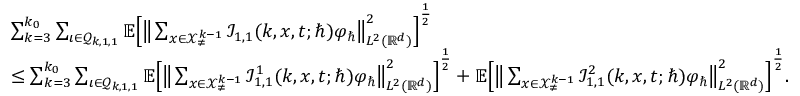
\begin{array} { r l } & { \sum _ { k = 3 } ^ { k _ { 0 } } \sum _ { \iota \in \mathcal { Q } _ { k , 1 , 1 } } \mathbb { E } \Big [ \big \lVert \sum _ { \boldsymbol { x } \in \mathcal { X } _ { \neq } ^ { k - 1 } } \mathcal { I } _ { 1 , 1 } ( k , \boldsymbol { x } , t ; \hbar ) \varphi _ { \hbar } \big \rVert _ { L ^ { 2 } ( \mathbb { R } ^ { d } ) } ^ { 2 } \Big ] ^ { \frac { 1 } { 2 } } } \\ & { \leq \sum _ { k = 3 } ^ { k _ { 0 } } \sum _ { \iota \in \mathcal { Q } _ { k , 1 , 1 } } \mathbb { E } \Big [ \big \lVert \sum _ { \boldsymbol { x } \in \mathcal { X } _ { \neq } ^ { k - 1 } } \mathcal { I } _ { 1 , 1 } ^ { 1 } ( k , \boldsymbol { x } , t ; \hbar ) \varphi _ { \hbar } \big \rVert _ { L ^ { 2 } ( \mathbb { R } ^ { d } ) } ^ { 2 } \Big ] ^ { \frac { 1 } { 2 } } + \mathbb { E } \Big [ \big \lVert \sum _ { \boldsymbol { x } \in \mathcal { X } _ { \neq } ^ { k - 1 } } \mathcal { I } _ { 1 , 1 } ^ { 2 } ( k , \boldsymbol { x } , t ; \hbar ) \varphi _ { \hbar } \big \rVert _ { L ^ { 2 } ( \mathbb { R } ^ { d } ) } ^ { 2 } \Big ] ^ { \frac { 1 } { 2 } } . } \end{array}